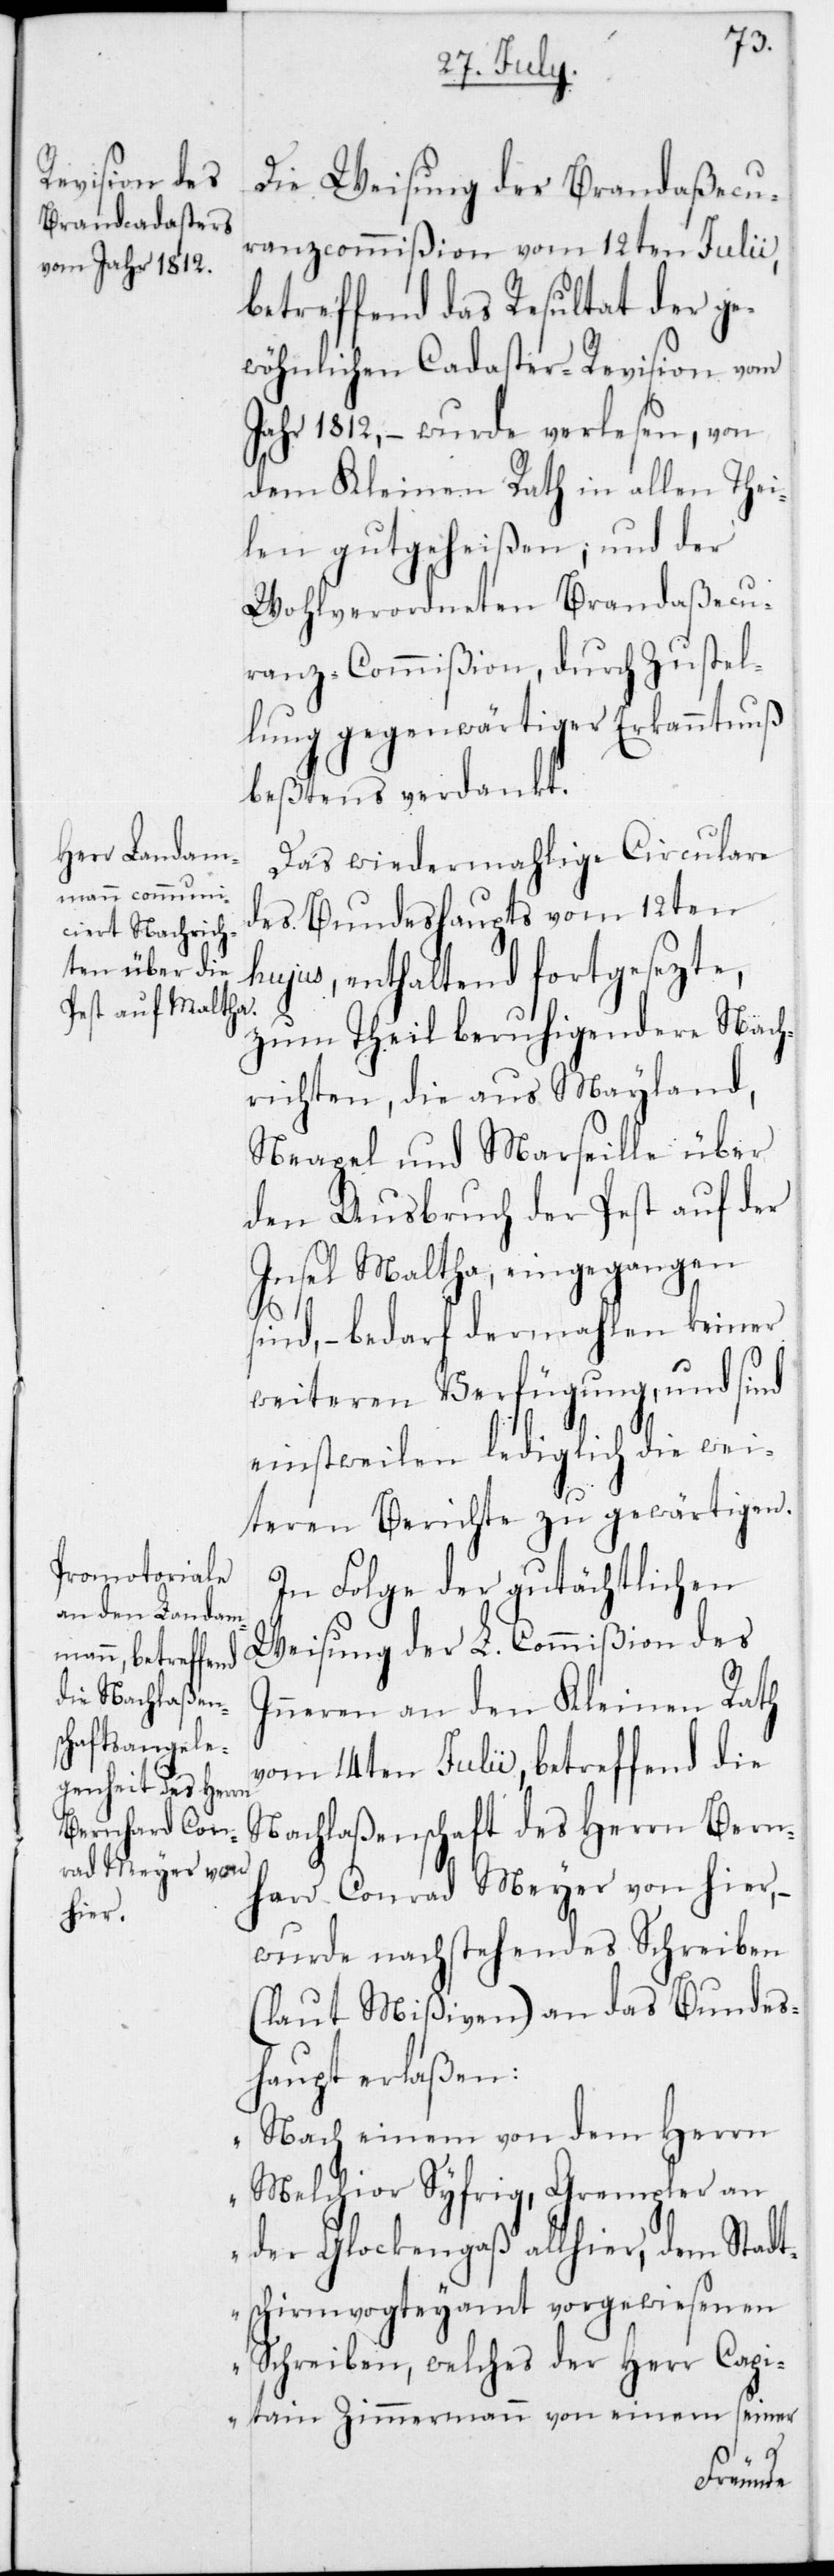
Die Weisung der Brandaßecu¬
ranzcommißion vom 12ten Julii,
betreffend das Resultat der ge¬
wöhnlichen Cadaster-Revision vom
Jahr 1812, – wurde verlesen, von
dem Kleinen Rath in allen Thei¬
len gutgeheißen, und der
wohlverordneten Brandaßecu¬
ranz-Commißion durch Zustel¬
lung gegenwärtiger Erkanntnuß
beßtens verdankt.
Das wiedermahlige Circulare
des Bundeshaupts vom 12ten
hujus, enthaltend fortgesezte,
zum Theil beruhigendere Nach¬
richten, die aus Mayland,
Neapel und Marseille über
den Ausbruch der Pest auf der
Insel Maltha, eingegangen
sind, – bedarf dermahlen keiner
weiteren Verfügung, und sind
einstweilen lediglich die wei¬
teren Berichte zu gewärtigen.
In Folge der gutächtlichen
Weisung der L. Commißion des
Inneren an den Kleinen Rath
vom 14ten Julii, betreffend die
Nachlaßenschaft des Herrn Bern¬
hard Conrad Meyer von hier,
wurde nachstehendes Schreiben
(laut Mißiven) an das Bundes¬
haupt erlaßen:
„Nach einem von dem Herrn
Melchior Syfrig, Grempler an
der Glockengaß allhier, dem Stadt¬
schirmvogteyamt vorgewiesenen
Schreiben, welches der Herr Capi¬
tain Zimmermann von einem seiner